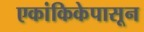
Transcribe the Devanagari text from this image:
एकांकिकेपासून